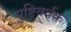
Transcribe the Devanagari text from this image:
पुष्टिवर्धक